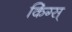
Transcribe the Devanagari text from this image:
किंग्स्